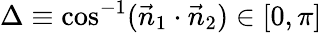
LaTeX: \Delta\equiv\cos^{-1}(\vec{n}_{1}\cdot\vec{n}_{2})\in[0,\pi]